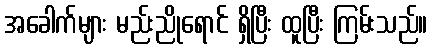
အခေါက်များ မည်းညိုရောင် ရှိပြီး ထူပြီး ကြမ်းသည်။